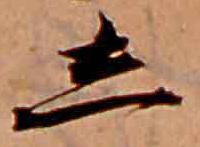
し